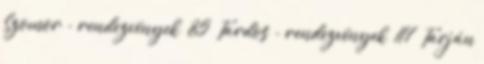
Szomor - rendezvények 85 Tardos - rendezvények 117 Tarján